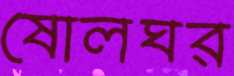
ষোলঘর